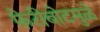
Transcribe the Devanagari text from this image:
फेरीबोटमुळे